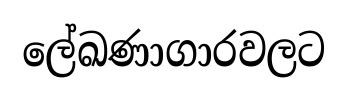
ලේඛණාගාරවලට